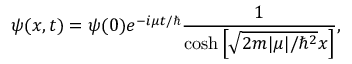
\psi ( x , t ) = \psi ( 0 ) e ^ { - i \mu t / \hbar } { \frac { 1 } { \cosh \left[ { \sqrt { 2 m \vert \mu \vert / \hbar ^ { 2 } } } x \right] } } ,